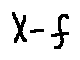
X - f